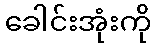
ခေါင်းအုံးကို